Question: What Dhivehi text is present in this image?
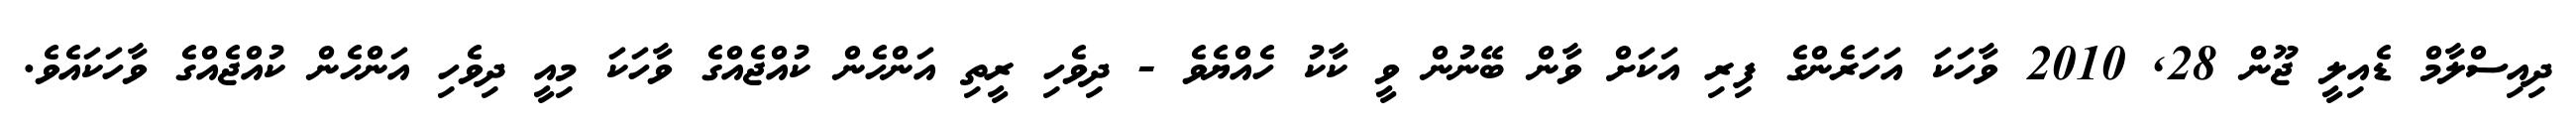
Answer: ދިއިސްލާމް ޑެއިލީ ޖޫން 28, 2010 ވާހަކަ އަހަރެންގެ ފިރި އަކަށް ވާން ބޭނުން ވީ ކާކު ހެއްޔެވެ - ދިވެހި ރީތި އަންހެން ކުއްޖެއްގެ ވާހަކަ މިއީ ދިވެހި އަންހެން ކުއްޖެއްގެ ވާހަކައެވެ.